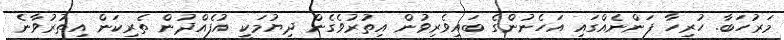
މަރުހަބާ. ހުރިހާ ފަންނެއްގައި އަހެނުންގެ ބައިވެރިވުން އިތުރުވެގެން ދިޔުމަކީ އުފެއްދުން ތެރިކަން އިތުރުވާނެ